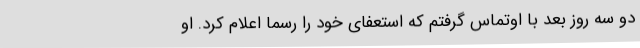
دو سه روز بعد با اوتماس گرفتم که استعفای خود را رسما اعلام کرد. او